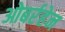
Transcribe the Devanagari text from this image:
ओबर्रहेन